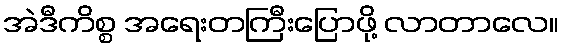
အဲဒီကိစ္စ အရေးတကြီးပြောဖို့ လာတာလေ။